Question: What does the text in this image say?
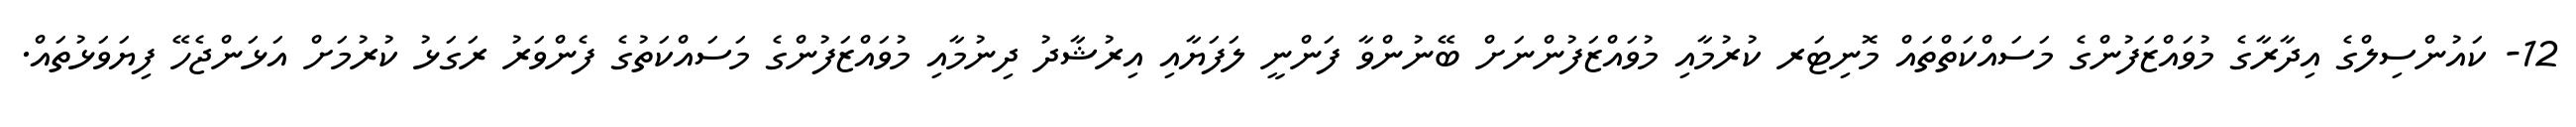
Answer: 12- ކައުންސިލްގެ އިދާރާގެ މުވައްޒަފުންގެ މަސައްކަތްތައް މޮނިޓަރ ކުރުމާއި މުވައްޒަފުންނަށް ބޭނުންވާ ފަންނީ ލަފަޔާއި އިރުޝާދު ދިނުމާއި މުވައްޒަފުންގެ މަސައްކަތުގެ ފެންވަރު ރަގަޅު ކުރުމަށް އަޅަންޖެހޭ ފިޔަވަޅުތައް.